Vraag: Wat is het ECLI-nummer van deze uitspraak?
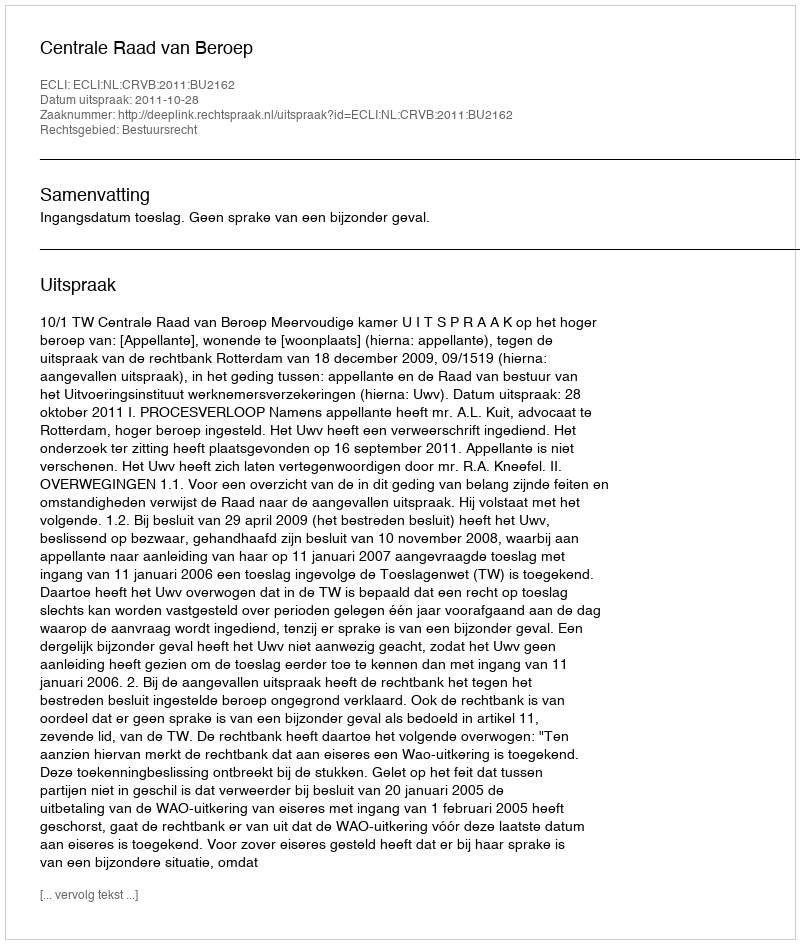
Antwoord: ECLI:NL:CRVB:2011:BU2162